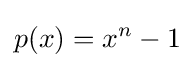
p(x)=x^{n}-1